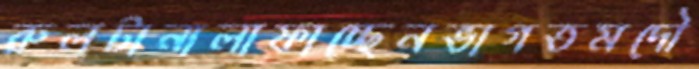
রুলটানালাফাচ্ছেনভাগতমদৌ